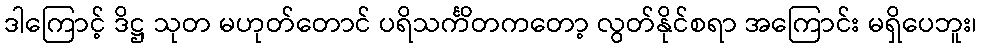
ဒါကြောင့် ဒိဋ္ဌ သုတ မဟုတ်တောင် ပရိသင်္ကိတကတော့ လွတ်နိုင်စရာ အကြောင်း မရှိပေဘူး၊